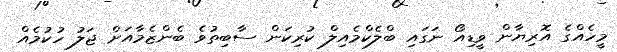
މީހެއްގެ އޮރިޔާން ވީޑިއޯ ނަގައި ބްލެކްމެއިލް ކުރިކަން ސާބިތުވެ ބެންޒެމާއަށް ޖަލު ހުކުމެއް